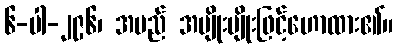
၆-ပါ-၂၉၆၊ အမည် အမျိုးမျိုးဖြင့်ဟောထား၏။